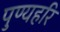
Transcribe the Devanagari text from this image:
पुण्यहरि